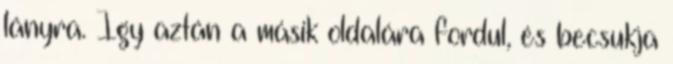
lányra. Így aztán a másik oldalára fordul, és becsukja